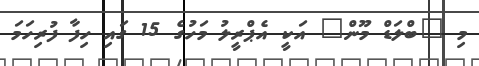
މި "ބްލަޑް މޫން" އަކީ އެޕްރީލު މަހުގެ 15 ގައި ހިފާ ފުރިހަމަ